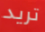
تريد